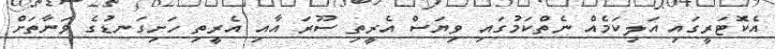
އެކޮޓަރީގައި އަލިކަމެއް ނެތްކަމުގައި ވިޔަސް އެރީތި ސޫރަ އާއި އެރީތި ހަށިގަނޑުގެ ވަނާތަށް